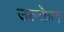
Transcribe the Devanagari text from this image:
उल्केत